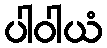
ပါဝါယံ